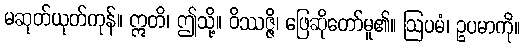
မဆုတ်ယုတ်ကုန်။ ဣတိ၊ ဤသို့။ ဝိဿဇ္ဇိ၊ ဖြေဆိုတော်မူ၏။ ဩပမံ၊ ဥပမာကို။